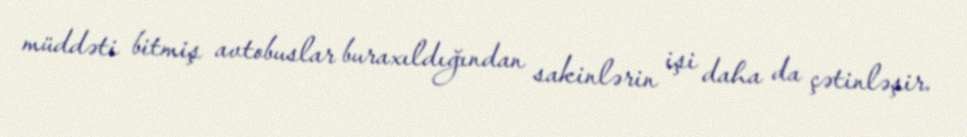
müddəti bitmiş avtobuslar buraxıldığından sakinlərin işi daha da çətinləşir.